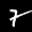
Label: 7